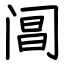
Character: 阊